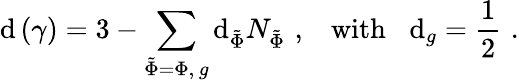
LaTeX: \mathrm{d}\left(\gamma\right)=3-\sum_{\tilde{{\Phi}}=\Phi,\, g}\mathrm{d}_{\tilde{{\Phi}}}N_{\tilde{{\Phi}}}\, \, ,\, \, \, \, \, \mathrm{{with}}\, \, \, \, \, \mathrm{d}_{g}=\frac{1}{2}\, \, .